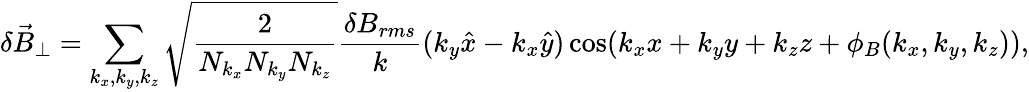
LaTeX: \delta\vec{B}_{\perp}=\sum_{k_{x},k_{y},k_{z}}\sqrt{\frac{2}{N_{k_{x}}N_{k_{y}}N_{k_{z}}}}\frac{\delta B_{rms}}{k}(k_{y}\hat{x}-k_{x}\hat{y})\cos(k_{x}x+k_{y}y+k_{z}z+\phi_{B}(k_{x},k_{y},k_{z})),